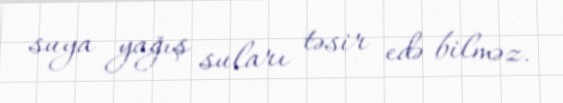
suya yağış suları təsir edə bilməz.